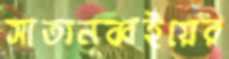
সাতানব্বইয়ের